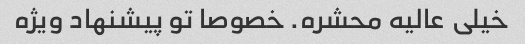
خیلی عالیه محشره. خصوصا تو پیشنهاد ویژه